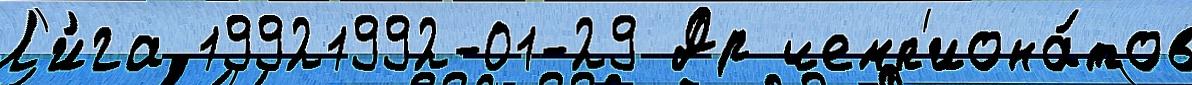
Л'и́га 19921992-01-29 Др чемп'иона́тов